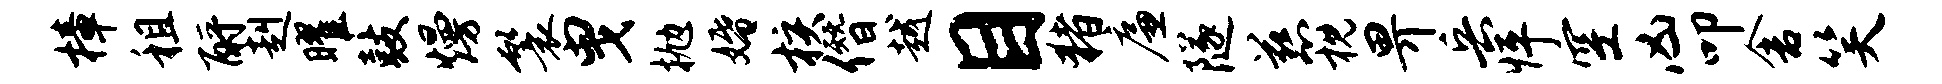
樟租酹赳曜鼓熳鬟曳抛婚核僭越目猪廉隧慈枕畀兵怦空凶叩舍笑